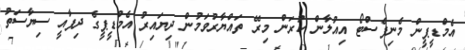
އެމްޑީޕީން މެނިފެސްޓޯ އިއުލާން ކުރަން މިރޭ ތައްޔާރުވަމުން ދިޔައިރު އެމްޑީޕީގެ ދިފާއީ ސިޔާސަތު